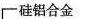
硅铝合金